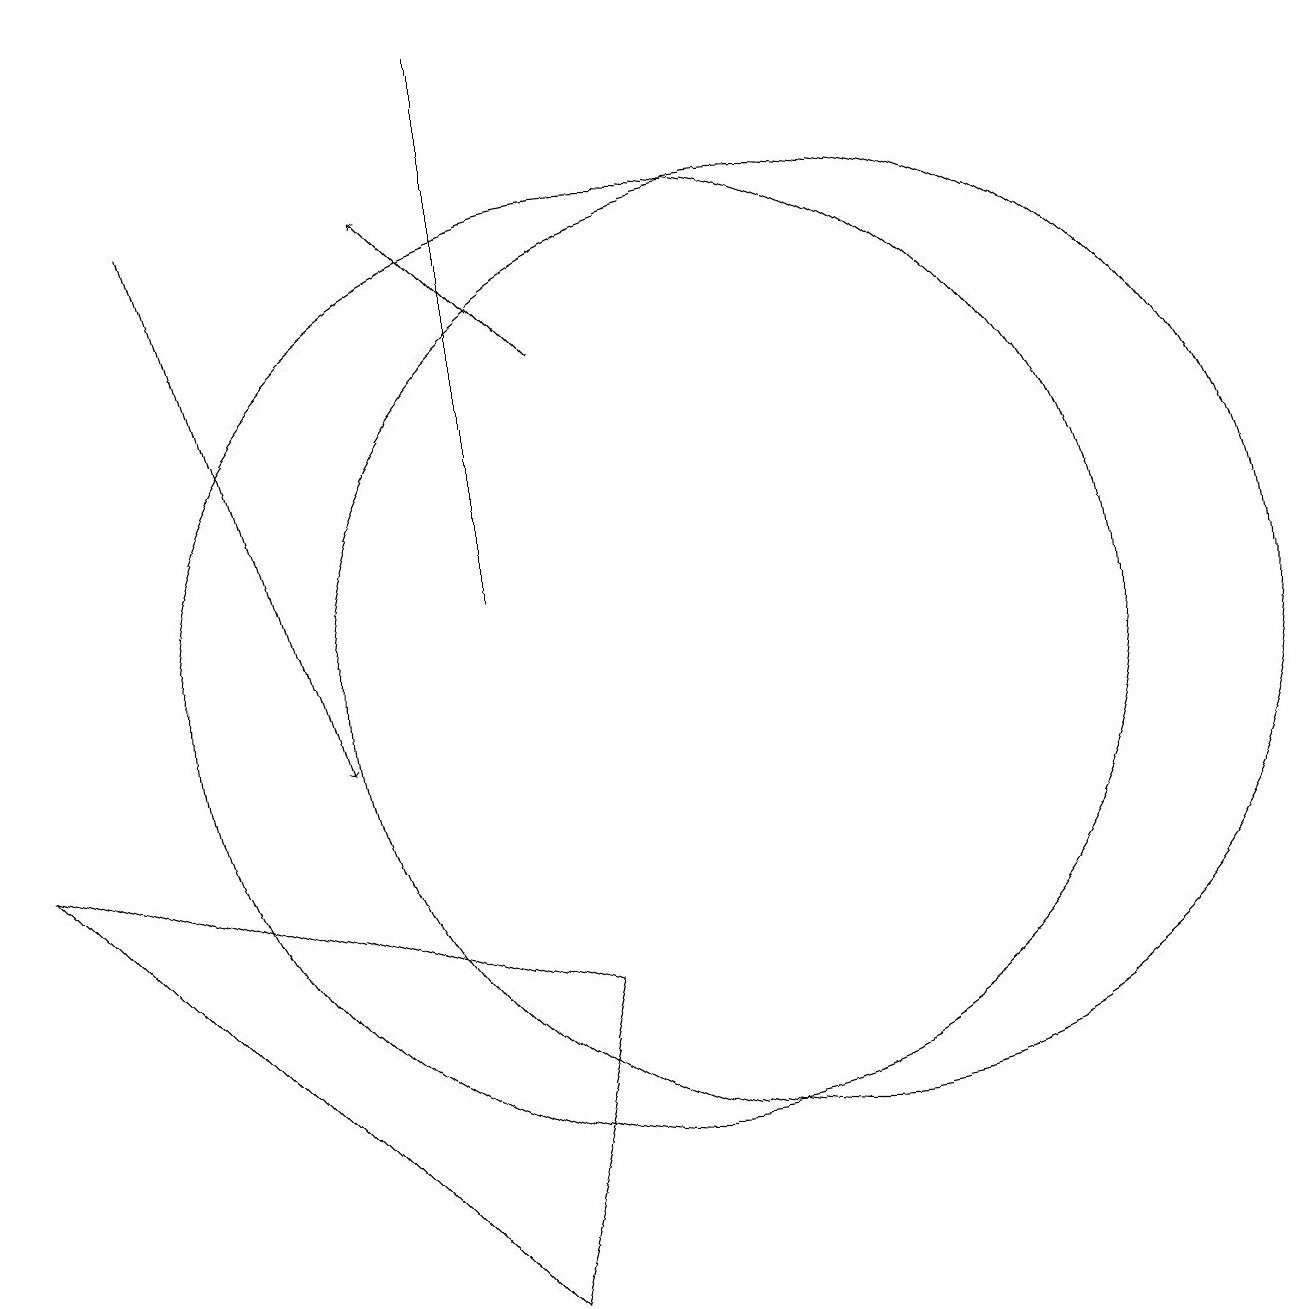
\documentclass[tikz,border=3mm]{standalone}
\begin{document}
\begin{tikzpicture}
\draw[->] (4,17) -- (6,10);
\draw (10,11) circle (6);
\draw (9,7) -- (2,9) -- (8,3) -- cycle;
\draw (12,11) circle (6);
\draw (8,12) rectangle (8,19);
\draw[->] (9,15) -- (7,17);
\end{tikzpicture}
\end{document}